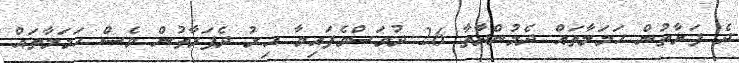
ދެ ފަރާތުން ހަމަލާތައް ދެމުންދާތާ 26 ދުވަސްވެފައިވާ އިރު ދެފަރާތުން ވެސް ހަމަލާތައް